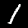
Label: 1